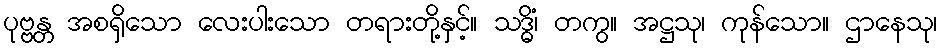
ပုဗ္ဗန္တ အစရှိသော လေးပါးသော တရားတို့နှင့်။ သဒ္ဓိံ၊ တကွ။ အဋ္ဌသု၊ ကုန်သော။ ဌာနေသု၊